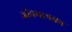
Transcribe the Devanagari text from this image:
जीवमात्रका